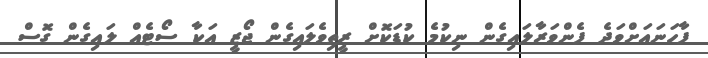
ފާހަނައަށްވަދެ ފެންވަރާލައިގެން ނިކުމެ ކުޑަކޮށް ރީތިވެލައިގެން ޖޯޒީ އަކާ ސޯޓެއް ލައިގެން ގޮސް